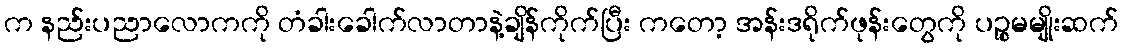
က နည်းပညာလောကကို တံခါးခေါက်လာတာနဲ့ချိန်ကိုက်ပြီး ကတော့ အန်းဒရိုက်ဖုန်းတွေကို ပဉ္စမမျိုးဆက်